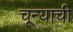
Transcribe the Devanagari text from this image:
चून्याची